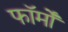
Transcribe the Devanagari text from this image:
फाॅर्मों